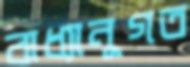
বাধ্যানুগত